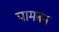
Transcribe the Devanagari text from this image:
पामबन